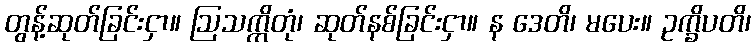
တွန့်ဆုတ်ခြင်းငှာ။ ဩသက္ကိတုံ၊ ဆုတ်နစ်ခြင်းငှာ။ န ဒေတိ၊ မပေး။ ဥက္ခိပတိ၊